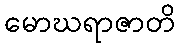
မောဃရာဇာတိ